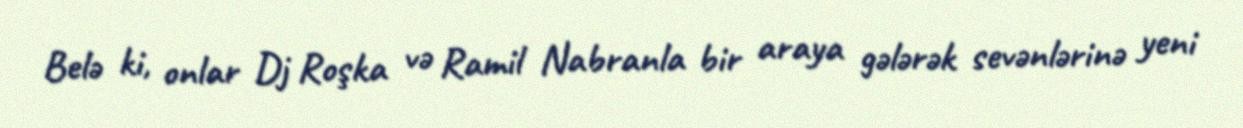
Belə ki, onlar Dj Roşka və Ramil Nabranla bir araya gələrək sevənlərinə yeni